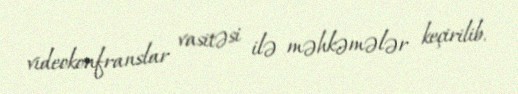
videokonfranslar vasitəsi ilə məhkəmələr keçirilib.